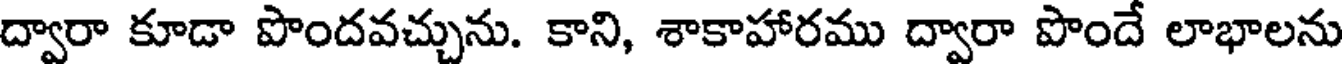
ద్వారా కూడా పొందవచ్చును. కాని, శాకాహారము ద్వారా పొందే లాభాలను